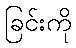
ခြင်းကို